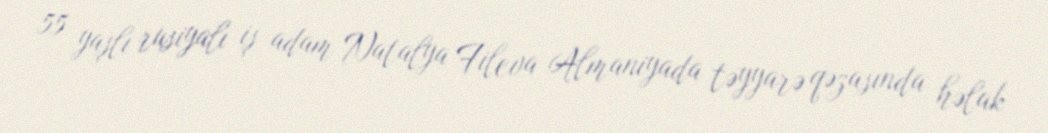
55 yaşlı rusiyalı iş adam Natalya Fileva Almaniyada təyyarə qəzasında həlak